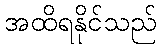
အထိရနိုင်သည်